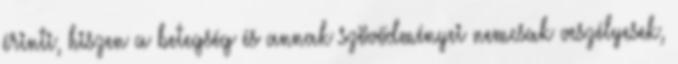
érinti, hiszen a betegség és annak szövődményei nemcsak veszélyesek,